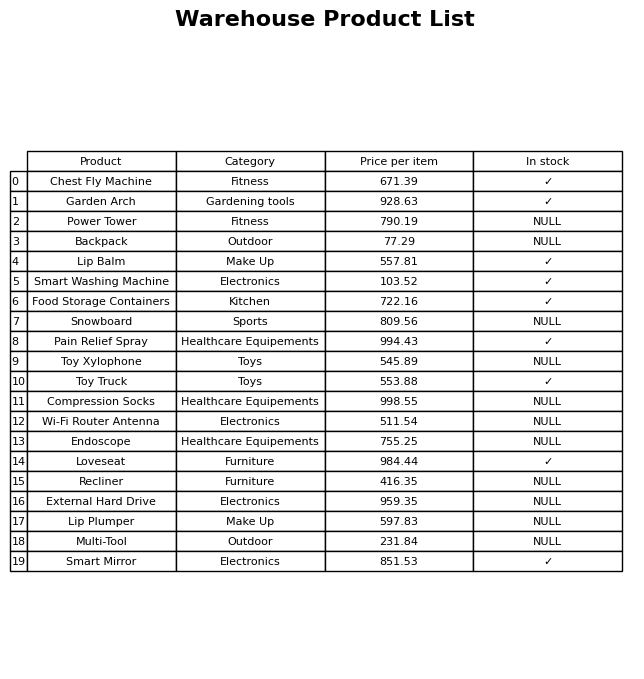
question: What is the price for Lip Plumper?
answer: The price of Lip Plumper is 597.83.